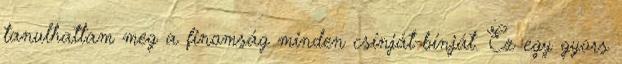
tanulhattam meg a finomság minden csínját-bínját. Ez egy gyors